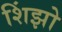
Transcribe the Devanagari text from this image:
शिंझो